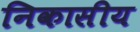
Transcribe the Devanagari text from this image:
निकासीय